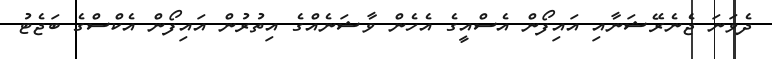
ދެވަނަ ޖެނެރޭޝަނާއި އައިފޯން އެސްއީގެ އެހެން ވާޝަނެއްގެ އިތުރުން އައިފޯން އެކްސްގެ ބަޖެޓު